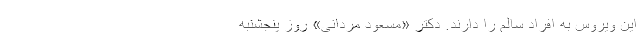
این ویروس به افراد سالم را دارند. دکتر «مسعود مردانی» روز پنجشنبه